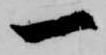
一